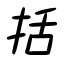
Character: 括